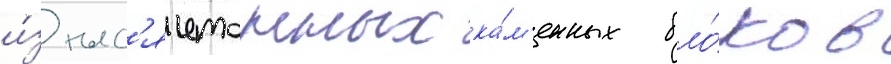
и́з тыс'ячетонных ка́м'енных бло́ков